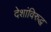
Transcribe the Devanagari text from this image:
देशांविरुद्ध